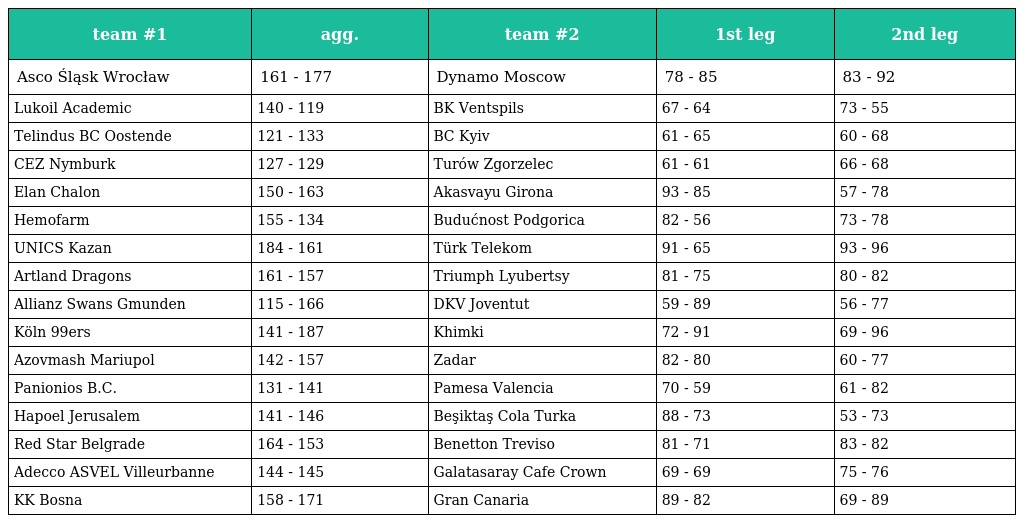
| team #1 | agg. | team #2 | 1st leg | 2nd leg |
 | --- | --- | --- | --- | --- |
 | Asco Śląsk Wrocław | 161 - 177 | Dynamo Moscow | 78 - 85 | 83 - 92 |
 | Lukoil Academic | 140 - 119 | BK Ventspils | 67 - 64 | 73 - 55 |
 | Telindus BC Oostende | 121 - 133 | BC Kyiv | 61 - 65 | 60 - 68 |
 | CEZ Nymburk | 127 - 129 | Turów Zgorzelec | 61 - 61 | 66 - 68 |
 | Elan Chalon | 150 - 163 | Akasvayu Girona | 93 - 85 | 57 - 78 |
 | Hemofarm | 155 - 134 | Budućnost Podgorica | 82 - 56 | 73 - 78 |
 | UNICS Kazan | 184 - 161 | Türk Telekom | 91 - 65 | 93 - 96 |
 | Artland Dragons | 161 - 157 | Triumph Lyubertsy | 81 - 75 | 80 - 82 |
 | Allianz Swans Gmunden | 115 - 166 | DKV Joventut | 59 - 89 | 56 - 77 |
 | Köln 99ers | 141 - 187 | Khimki | 72 - 91 | 69 - 96 |
 | Azovmash Mariupol | 142 - 157 | Zadar | 82 - 80 | 60 - 77 |
 | Panionios B.C. | 131 - 141 | Pamesa Valencia | 70 - 59 | 61 - 82 |
 | Hapoel Jerusalem | 141 - 146 | Beşiktaş Cola Turka | 88 - 73 | 53 - 73 |
 | Red Star Belgrade | 164 - 153 | Benetton Treviso | 81 - 71 | 83 - 82 |
 | Adecco ASVEL Villeurbanne | 144 - 145 | Galatasaray Cafe Crown | 69 - 69 | 75 - 76 |
 | KK Bosna | 158 - 171 | Gran Canaria | 89 - 82 | 69 - 89 |